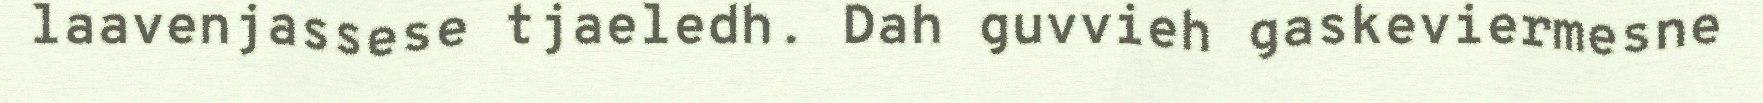
laavenjassese tjaeledh. Dah guvvieh gaskeviermesne